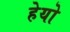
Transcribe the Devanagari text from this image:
हेयो